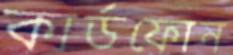
কার্ডফোন